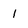
Character: 1